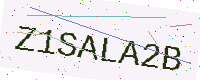
Text: Z1SALA2B